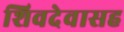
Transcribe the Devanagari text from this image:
शिवदेवासह